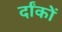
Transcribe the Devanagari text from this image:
र्दांकों